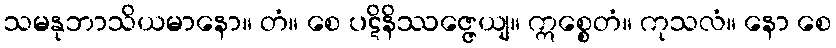
သမနုဘာသိယမာနော။ တံ။ စေ ပဋိနိဿဇ္ဇေယျ။ ဣစ္စေတံ။ ကုသလံ။ နော စေ